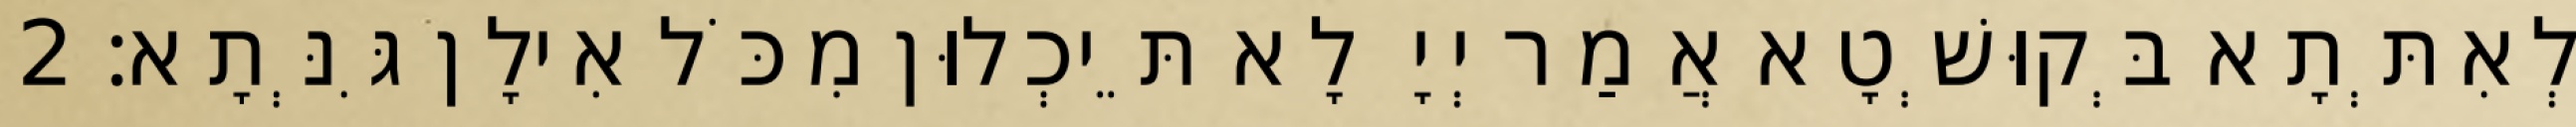
לְאִתְּתָא בְּקוּשְׁטָא אֲמַר יְיָ לָא תֵּיכְלוּן מִכֹּל אִילָן גִּנְּתָא׃ 2